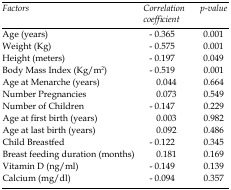
<table><thead><tr><td><b><i>Factors</i></b></td><td><b><i>Correlation coefficient</i></b></td><td><b><i>p-value</i></b></td></tr></thead><tbody><tr><td>Age (years)</td><td>- 0.365</td><td>0.001</td></tr><tr><td>Weight (Kg)</td><td>- 0.575</td><td>0.001</td></tr><tr><td>Height (meters)</td><td>- 0.197</td><td>0.049</td></tr><tr><td>Body Mass Index (Kg/m<sup>2</sup>)</td><td>- 0.519</td><td>0.001</td></tr><tr><td>Age at Menarche (years)</td><td>0.044</td><td>0.664</td></tr><tr><td>Number Pregnancies</td><td>0.073</td><td>0.549</td></tr><tr><td>Number of Children</td><td>- 0.147</td><td>0.229</td></tr><tr><td>Age at first birth (years)</td><td>0.003</td><td>0.982</td></tr><tr><td>Age at last birth (years)</td><td>0.092</td><td>0.486</td></tr><tr><td>Child Breastfed</td><td>- 0.122</td><td>0.345</td></tr><tr><td>Breast feeding duration (months)</td><td>0.181</td><td>0.169</td></tr><tr><td>Vitamin D (ng/ml)</td><td>- 0.149</td><td>0.139</td></tr><tr><td>Calcium (mg/dl)</td><td>- 0.094</td><td>0.357</td></tr></tbody></table>